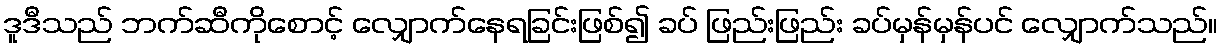
ဒူဒီသည် ဘက်ဆီကိုစောင့် လျှောက်နေရခြင်းဖြစ်၍ ခပ် ဖြည်းဖြည်း ခပ်မှန်မှန်ပင် လျှောက်သည်။